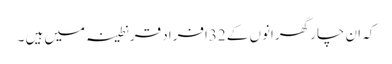
کہ ان چار گھرانوں کے 32افراد قرنطینہ میں ہیں ۔